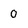
Character: o